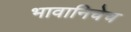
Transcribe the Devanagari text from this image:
भावानिचेच